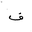
Letter: _fa